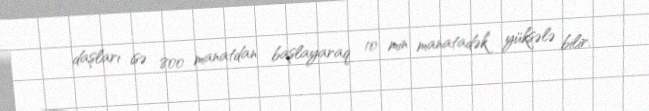
daşları isə 800 manatdan başlayaraq 10 min manatadək yüksələ bilir.